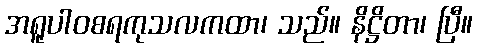
အရူပါဝစရကုသလကထာ၊ သည်။ နိဋ္ဌိတာ၊ ပြီ။